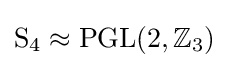
\mathrm {S} _{4}\approx \mathrm {PGL} (2,\mathbb {Z} _{3})